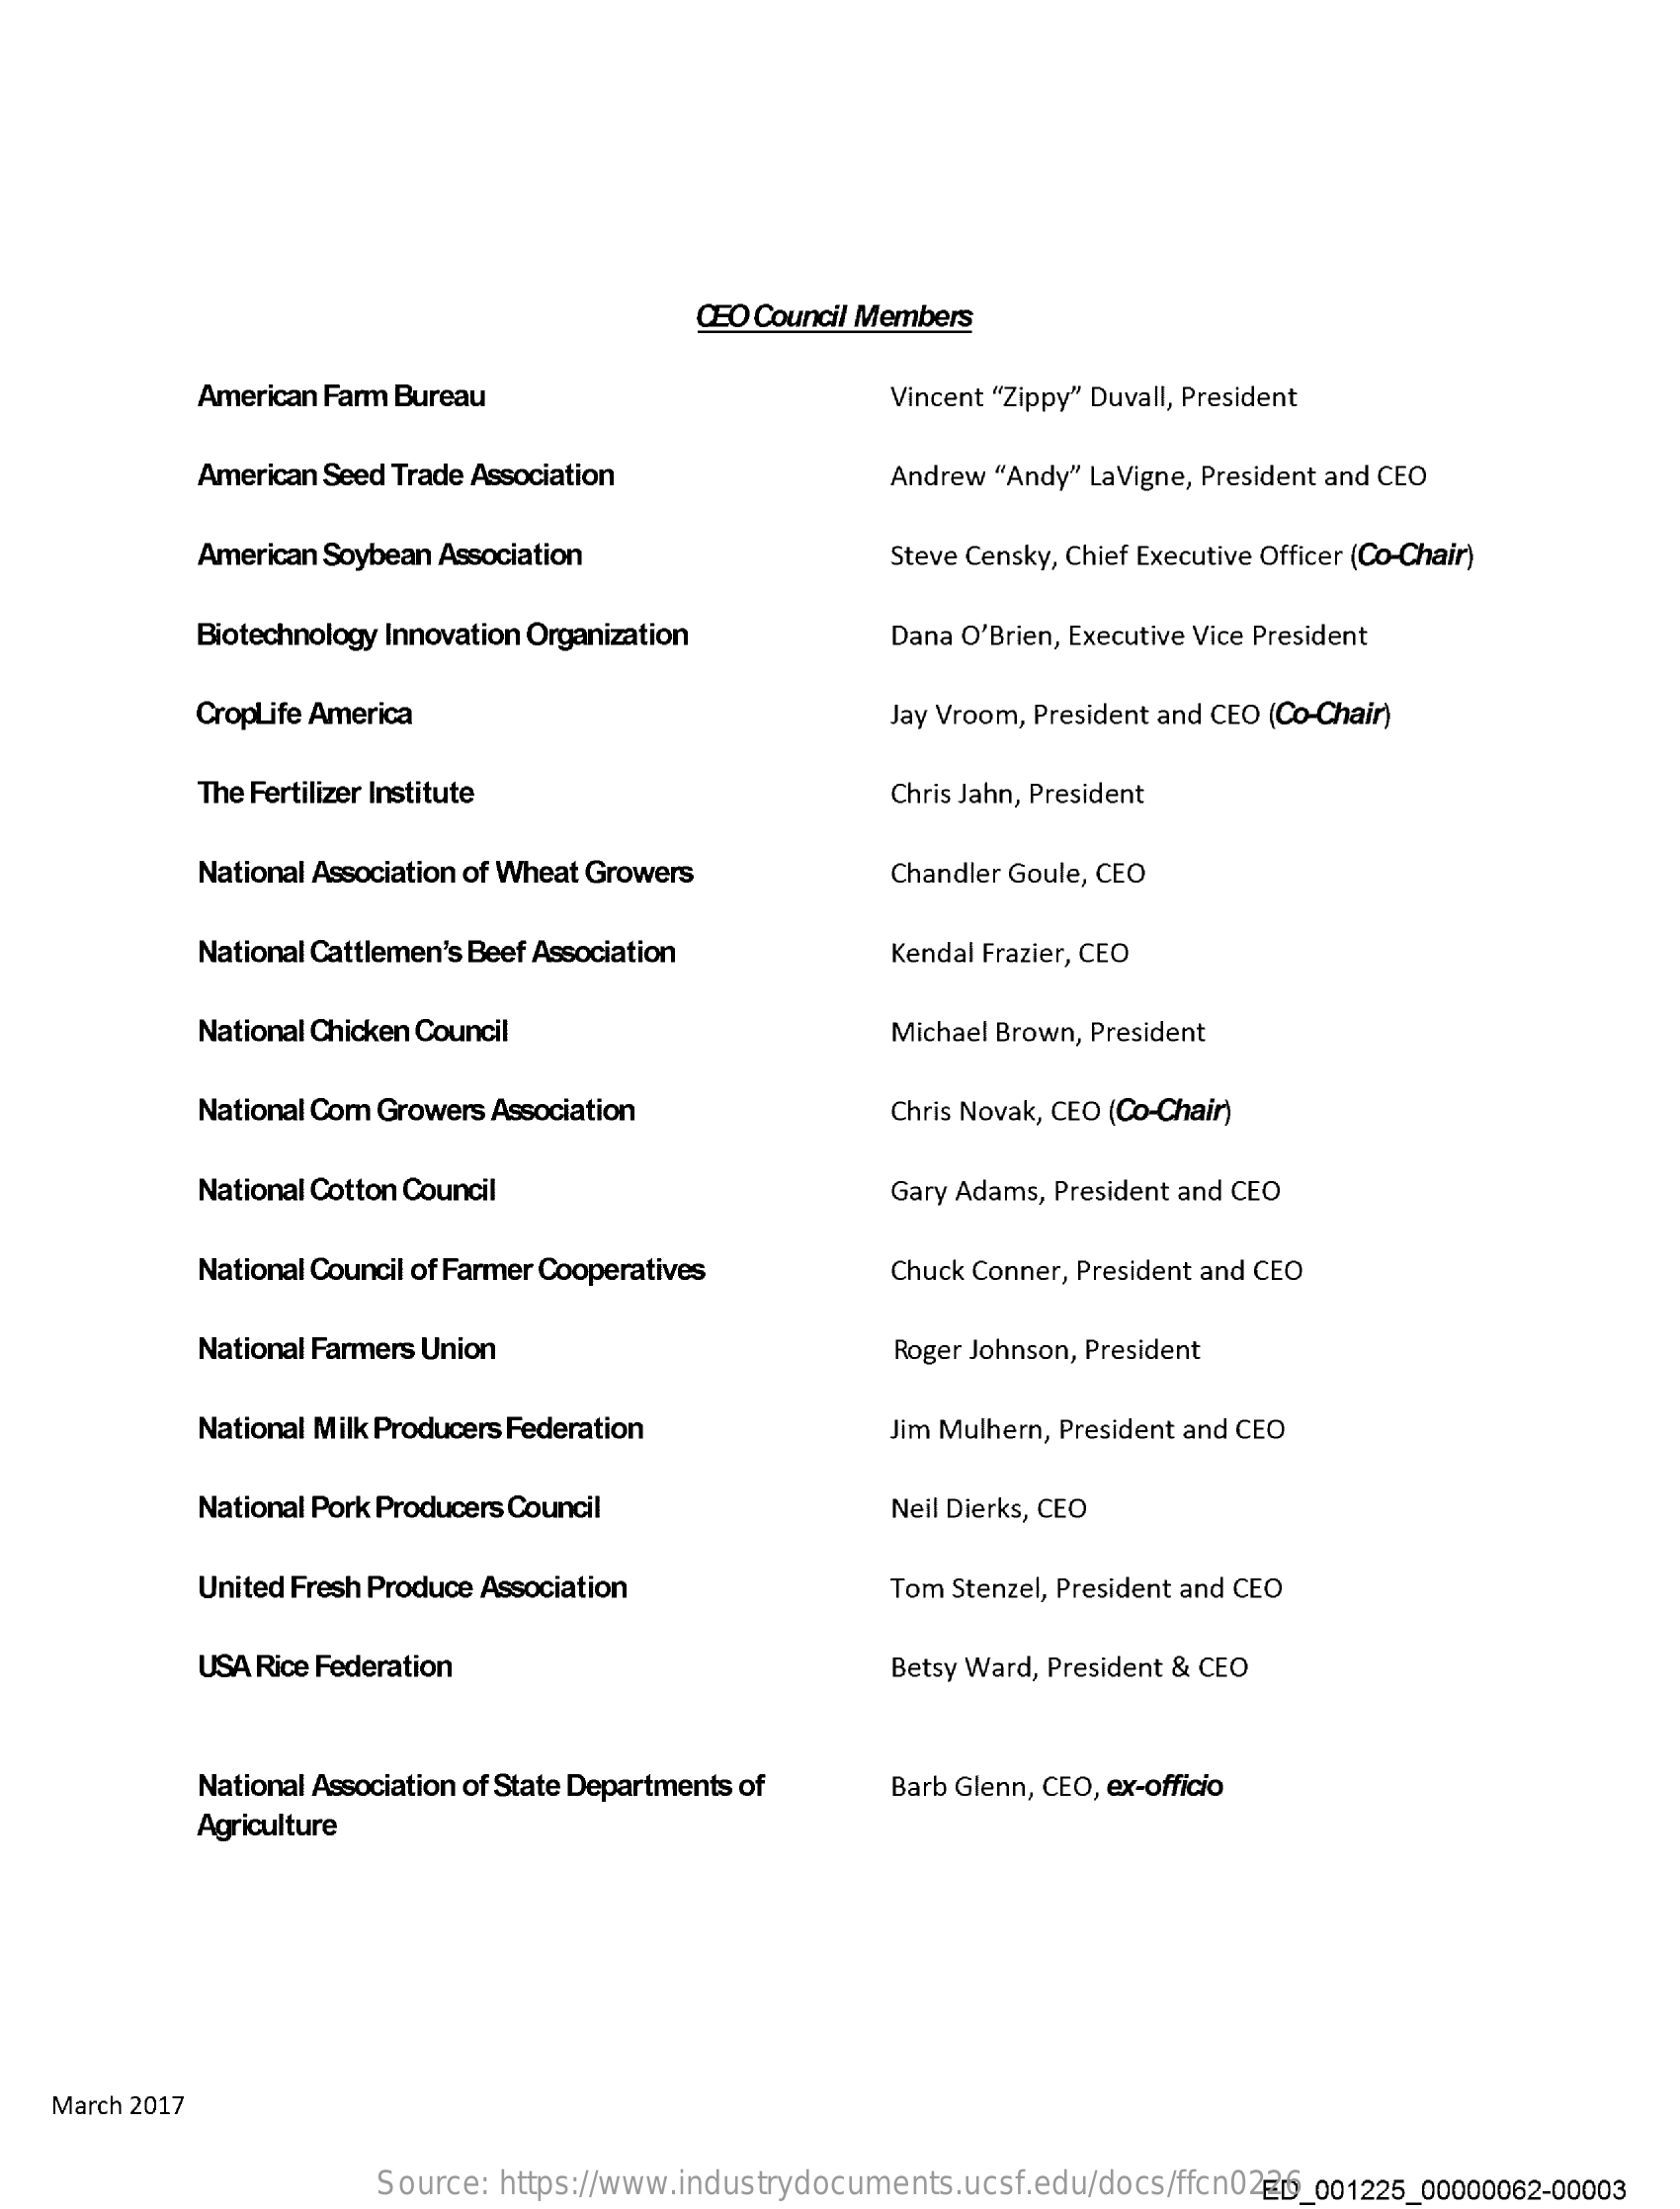
CEO Council Members
     American Farm Bureau    Vincent "Zippy" Duvall, President
     American Seed Trade Association    Andrew "Andy" LaVigne, President and CEO
     American Soybean Association    Steve Censky, Chief Executive Officer (Co-Chair)
     Biotechnology Innovation Organization    Dana O'Brien, Executive Vice President
     CropLife America    Jay Vroom, President and CEO (Co-Chair)
     The Fertilizer Institute    Chris Jahn, President
     National Association of Wheat Growers    Chandler Goule, CEO
     National Cattlemen's Beef Association    Kendal Frazier, CEO
     National Chicken Council    Michael Brown, President
     National Com Growers Association    Chris Novak, CEO (Co-Chair)
     National Cotton Council    Gary Adams, President and CEO
     National Council of Farmer Cooperatives    Chuck Conner, President and CEO
     National Farmers Union    Roger Johnson, President
     National Milk Producers Federation    Jim Mulhern, President and CEO
     National Pork Producers Council    Neil Dierks, CEO
     United Fresh Produce Association    Tom Stenzel, President and CEO
     USA Rice Federation    Betsy Ward, President & CEO
     National Association of State Departments of  Barb Glenn, CEO, ex-officio
     Agriculture
    March 2017
     Source: https://www.industrydocuments.ucsf.edu/docs/ffcn0226 ED_001225_00000062-00003